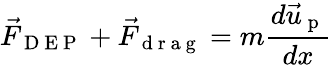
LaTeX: {\vec{F}_{\mathrm{~D~E~P~}}}+{\vec{F}_{\mathrm{~d~r~a~g~}}}=m\frac{d\vec{u}_{\mathrm{~p~}}}{dx}